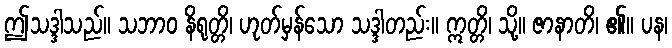
ဤသဒ္ဒါသည်။ သဘာဝ နိရုတ္တိ၊ ဟုတ်မှန်သော သဒ္ဒါတည်း။ ဣတ္တိ၊ သို့။ ဇာနာတိ၊ ၏။ ပန၊